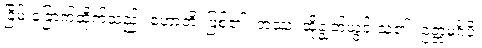
ခြိမ်းခြောက်ထိုက်သည်။ ဟောတိ၊ ဖြစ်၏။ တဿ၊ ထိုချွတ်ယွင်းသူ၏။ ဥတ္တမင်္ဂံပိ၊